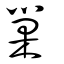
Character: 巢